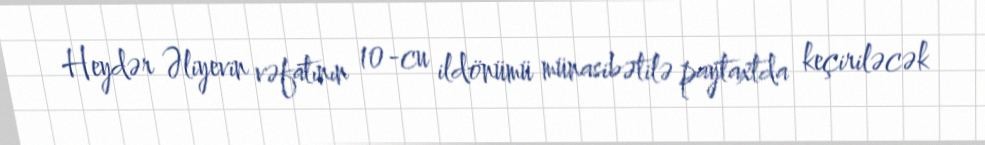
Heydər Əliyevin vəfatının 10-cu ildönümü münasibətilə paytaxtda keçiriləcək